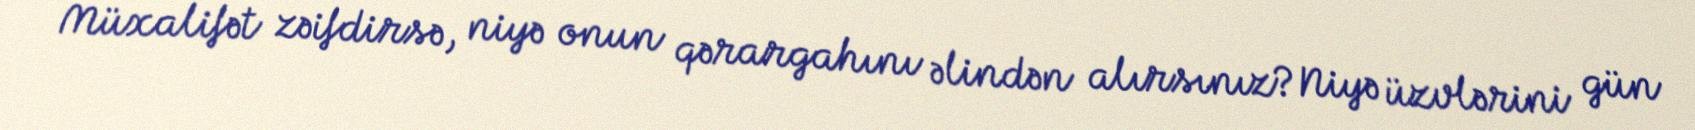
Müxalifət zəifdirsə, niyə onun qərargahını əlindən alırsınız?Niyə üzvlərini gün